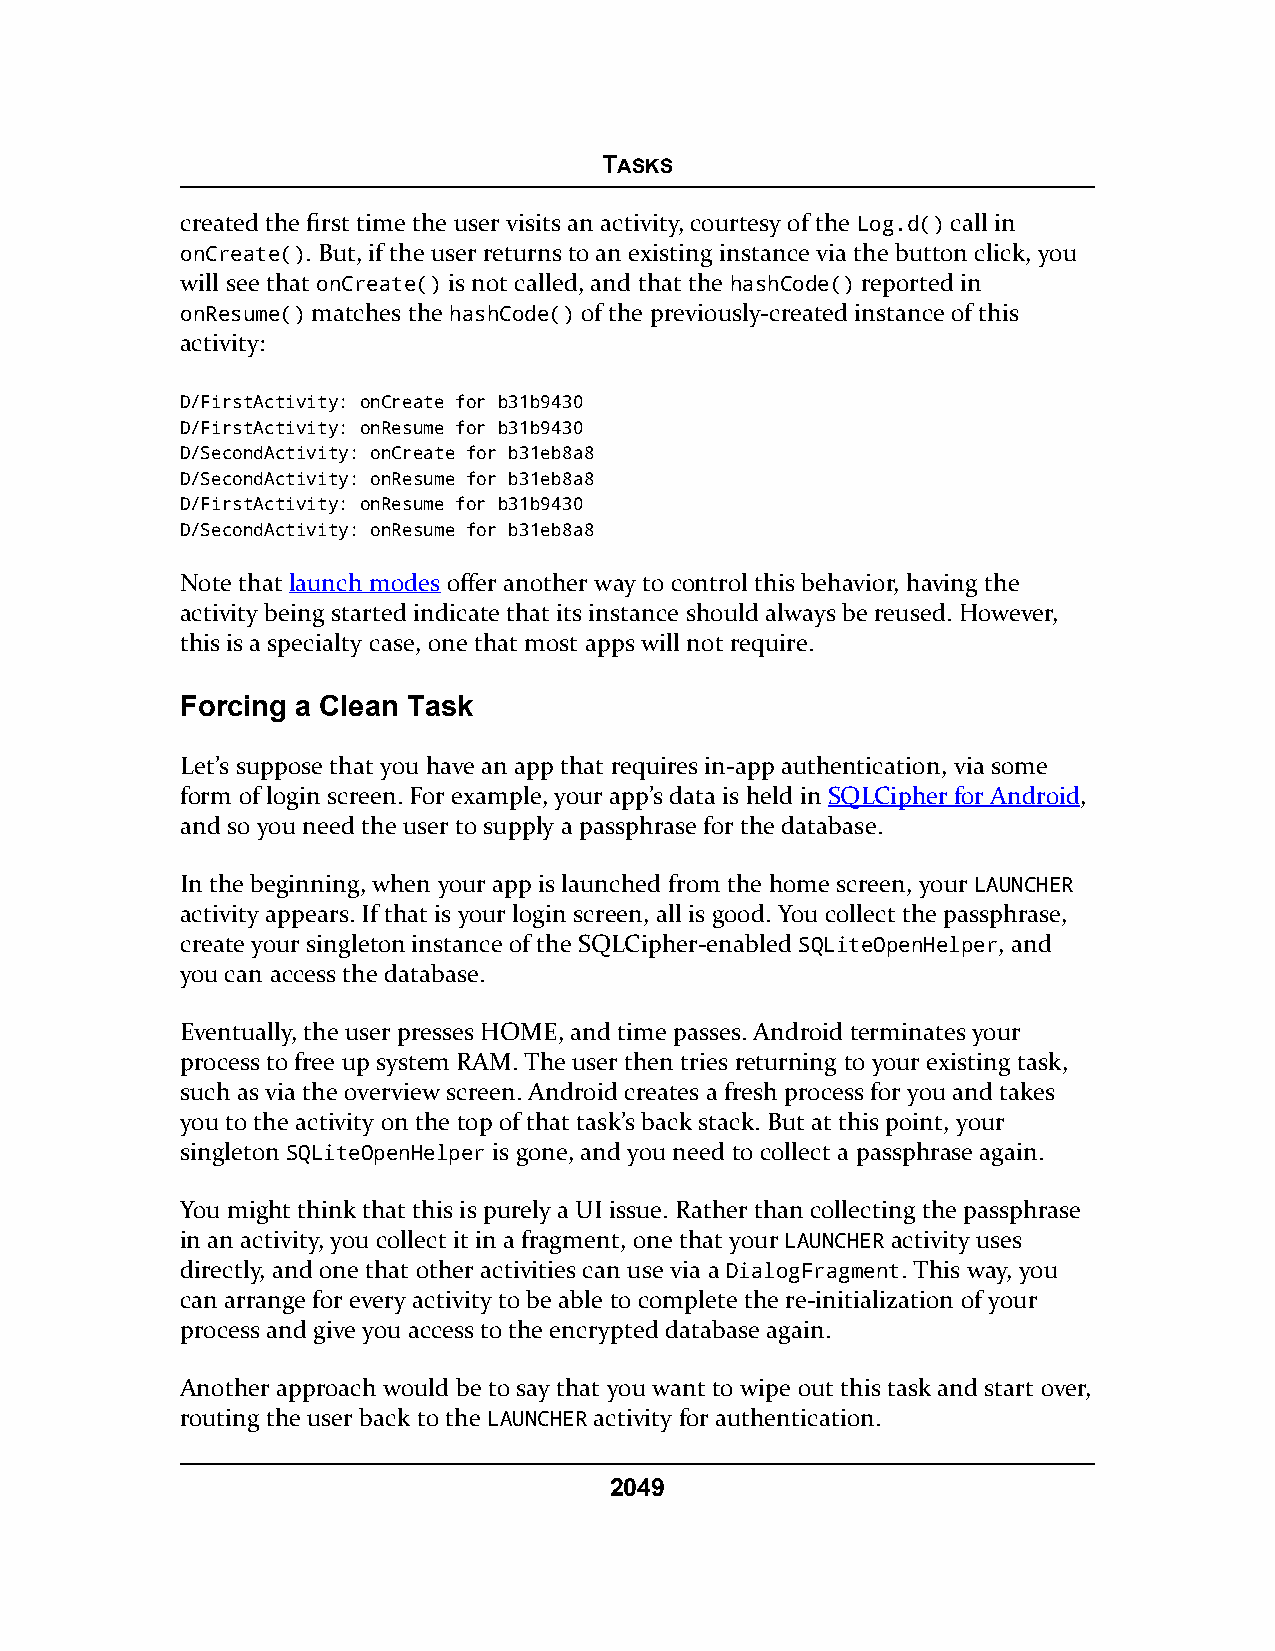
TASKS
 created the first time the user visits an activity, courtesy of the Log.d() call in
 onCreate(). But, if the user returns to an existing instance via the button click, you
 will see that onCreate() is not called, and that the hashCode() reported in
 onResume() matches the hashCode() of the previously-created instance of this
 activity:
 D/FirstActivity: onCreate for b31b9430
 D/FirstActivity: onResume for b31b9430
 D/SecondActivity: onCreate for b31eb8a8
 D/SecondActivity: onResume for b31eb8a8
 D/FirstActivity: onResume for b31b9430
 D/SecondActivity: onResume for b31eb8a8
 Note that launch modes offer another way to control this behavior, having the
 activity being started indicate that its instance should always be reused. However,
 this is a specialty case, one that most apps will not require.
 Forcing a Clean Task
 Let’s suppose that you have an app that requires in-app authentication, via some
 form of login screen. For example, your app’s data is held in SQLCipher for Android,
 and so you need the user to supply a passphrase for the database.
 In the beginning, when your app is launched from the home screen, your LAUNCHER
 activity appears. If that is your login screen, all is good. You collect the passphrase,
 create your singleton instance of the SQLCipher-enabled SQLiteOpenHelper, and
 you can access the database.
 Eventually, the user presses HOME, and time passes. Android terminates your
 process to free up system RAM. The user then tries returning to your existing task,
 such as via the overview screen. Android creates a fresh process for you and takes
 you to the activity on the top of that task’s back stack. But at this point, your
 singleton SQLiteOpenHelper is gone, and you need to collect a passphrase again.
 You might think that this is purely a UI issue. Rather than collecting the passphrase
 in an activity, you collect it in a fragment, one that your LAUNCHER activity uses
 directly, and one that other activities can use via a DialogFragment. This way, you
 can arrange for every activity to be able to complete the re-initialization of your
 process and give you access to the encrypted database again.
 Another approach would be to say that you want to wipe out this task and start over,
 routing the user back to the LAUNCHER activity for authentication.
 2049